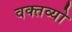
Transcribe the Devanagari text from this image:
वक्तव्यो